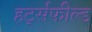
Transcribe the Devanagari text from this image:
हर्ट्सफील्ड